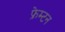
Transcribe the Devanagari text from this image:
फ्रेम्टन